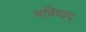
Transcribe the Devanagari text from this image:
भविष्यद्